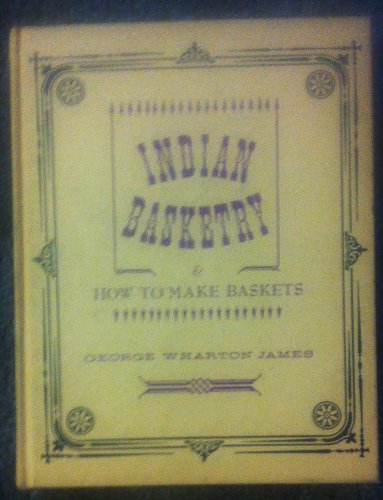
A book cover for Indian Basketry and How to Make Baskets; George Wharton James; Crafts, Hobbies & Home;